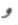
و